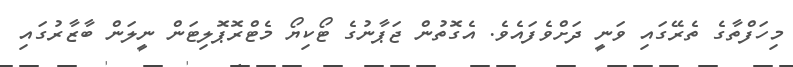
މިހަފްތާގެ ތެރޭގައި ވަނީ ދަށްވެފައެވެ. އެގޮތުން ޖަޕާނުގެ ޓޯކިޔޯ މެޓްރޮޕޮލިޓަން ނީލަން ބާޒާރުގައި